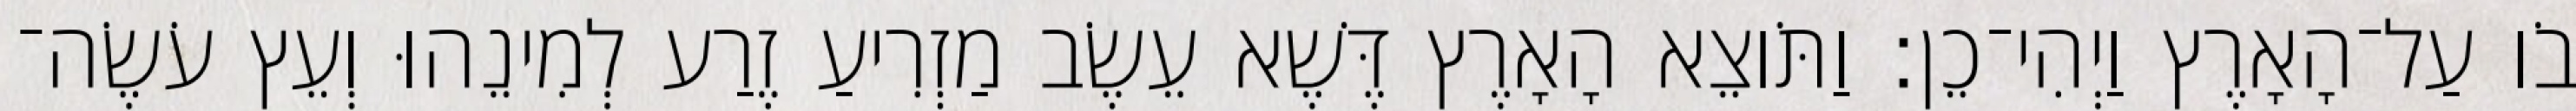
בֹו עַל־הָאָרֶץ וַיְהִי־כֵן׃ וַתֹּוצֵא הָאָרֶץ דֶּשֶׁא עֵשֶׂב מַזְרִיעַ זֶרַע לְמִינֵהוּ וְעֵץ עֹשֶׂה־